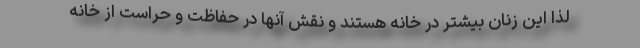
لذا اين زنان بيشتر در خانه هستند و نقش آنها در حفاظت و حراست از خانه